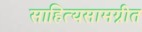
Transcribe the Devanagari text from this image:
साहित्यसामग्रीत